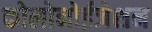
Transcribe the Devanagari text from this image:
कोलोनोईजेशन